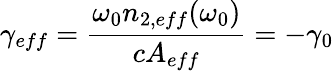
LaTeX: \gamma_{eff}=\frac{\omega_{0}n_{2,eff}(\omega_{0})}{cA_{eff}}=-\gamma_{0}